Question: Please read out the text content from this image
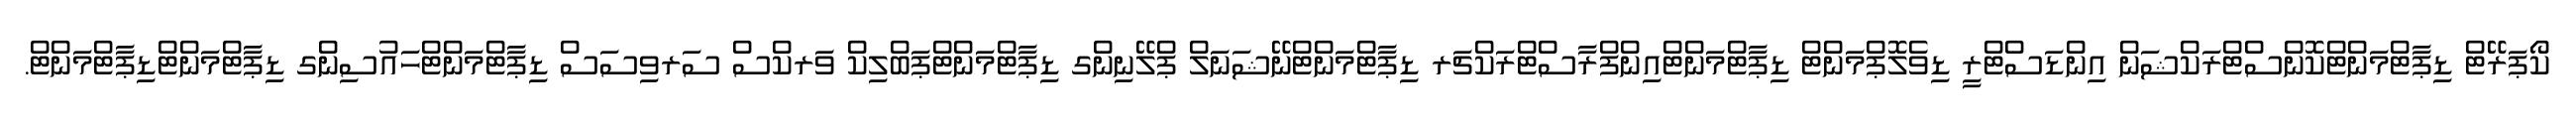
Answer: ކޯޕަރޭޓް ޑިޕާޓްމަންޓްކޮންސްޓްރަކްޝަން އިންޑަސްޓްރީ ޑިވެލޮޕްމަންޓް ޑިޕާޓްމަންޓްއިންފްރާސްޓްރަކްޗަރ ޑިޕާޓްމަންޓްނޭޝަނަލް ޕްލޭނިންގ ޑިޕާޓްމަންޓްޕަބްލިކް ވަރކްސް ސަރވިސަސް ޑިޕާޓްމަންޓްހައުސިންގ ޑިޕާޓްމަންޓްޑިޕާޓްމަންޓް.